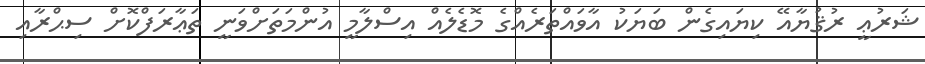
ޝަރުޢީ ރުޤުޔާއޭ ކިޔައިގެން ބަޔަކު އާވައްތަރެއްގެ މޮޑެލެއް އިސްލާމީ އުންމަތަށްވަނީ ތަޢާރަފްކޮށް ސިޙްރާއި